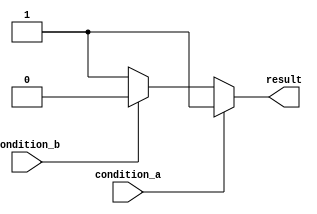
module generate_if_else_block (
    input wire condition_a,
    input wire condition_b,
    output reg result
);

always @(condition_a or condition_b)
begin
    if (condition_a)
        result <= 1;
    else if (condition_b)
        result <= 0;
    else
        result <= 1;
end

endmodule